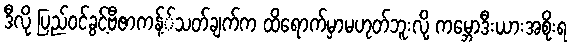
ဒီလို ပြည်ဝင်ခွင့်ဗီဇာကန့််သတ်ချက်က ထိရောက်မှာမဟုတ်ဘူးလို့ ကမ္ဘောဒီးယားအစိုးရ